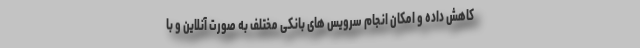
کاهش داده و امکان انجام سرویس های بانکی مختلف به صورت آنلاین و با